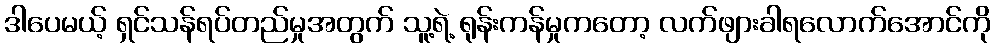
ဒါပေမယ့် ရှင်သန်ရပ်တည်မှုအတွက် သူ့ရဲ့ ရုန်းကန်မှုကတော့ လက်ဖျားခါရလောက်အောင်ကို